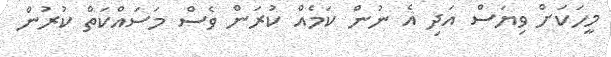
މީހަކަށް ވިޔަސް އަދި އެ ނުން ކަމެއް ކުރަން ވެސް މަސައްކަތް ކުރުން